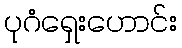
ပုဂံရှေးဟောင်း